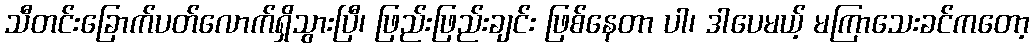
သီတင်းခြောက်ပတ်လောက်ရှိသွားပြီ၊ ဖြည်းဖြည်းချင်း ဖြစ်နေတာ ပါ၊ ဒါပေမယ့် မကြာသေးခင်ကတော့